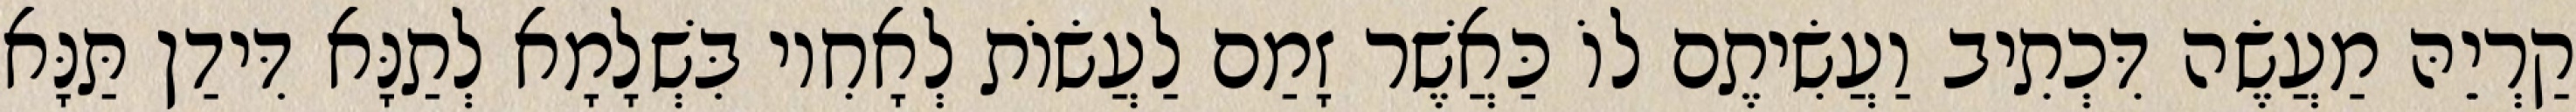
קַרְיֵהּ מַעֲשֶׂה דִּכְתִיב וַעֲשִׂיתֶם לוֹ כַּאֲשֶׁר זָמַם לַעֲשׂוֹת לְאָחִיו בִּשְׁלָמָא לְתַנָּא דִּידַן תַּנָּא